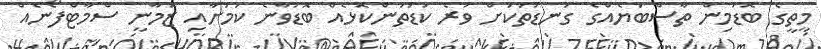
މީތީގެ ބޮޑުމިން ތާސްބަޔެއްގެ ގަނޑުތަކަށް ވުރެ ކުޑަތަންކޮޅެއް ބޮޑުވާނެ ކަމަށާއި ޒަމާނީ ސްމާޓްފޯނެއް